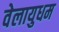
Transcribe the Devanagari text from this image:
वेलायुधम